Insane asylums in Bengal annual reports 1876-1887 - 1876-1887
Year: 1876
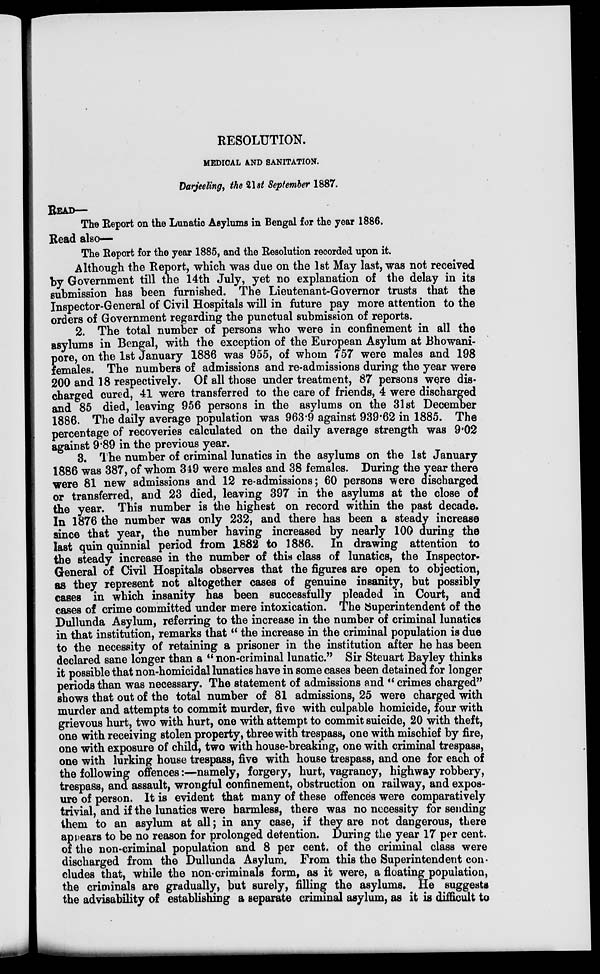
RESOLUTION.
MEDICAL AND SANITATION.
Darjeeling, the 21st September 1887.
READ—
The Report on the Lunatic Asylums in Bengal for the year 1886.
Read also—
The Report for the year 1885, and the Resolution recorded upon it.
Although the Report, which was due on the 1st May last, was not received
by Government till the 14th July, yet no explanation of the delay in its
submission has been furnished. The Lieutenant-Governor trusts that the
Inspector-General of Civil Hospitals will in future pay more attention to the
orders of Government regarding the punctual submission of reports.
2. The total number of persons who were in confinement in all the
asylums in Bengal, with the exception of the European Asylum at Bhowani-
pore, on the 1st January 1886 was 955, of whom 757 were males and 198
females. The numbers of admissions and re-admissions during the year were
200 and 18 respectively. Of all those under treatment, 87 persons were dis-
charged cured, 41 were transferred to the care of friends, 4 were discharged
and 85 died, leaving 956 persons in the asylums on the 31st December
1886. The daily average population was 963.9 against 939.62 in 1885. The
percentage of recoveries calculated on the daily average strength was 9.02
against 9.89 in the previous year.
3. The number of criminal lunatics in the asylums on the 1st January
1886 was 387, of whom 349 were males and 38 females. During the year there
were 81 new admissions and 12 re-admissions; 60 persons were discharged
or transferred, and 23 died, leaving 397 in the asylums at the close of
the year. This number is the highest on record within the past decade.
In 1876 the number was only 232, and there has been a steady increase
since that year, the number having increased by nearly 100 during the
last quin quinnial period from 1882 to 1886. In drawing attention to
the steady increase in the number of this class of lunatics, the Inspector-
General of Civil Hospitals observes that the figures are open to objection,
as they represent not altogether cases of genuine insanity, but possibly
cases in which insanity has been successfully pleaded in Court, and
cases of crime committed under mere intoxication. The Superintendent of the
Dullunda Asylum, referring to the increase in the number of criminal lunatics
in that institution, remarks that " the increase in the criminal population is due
to the necessity of retaining a prisoner in the institution after he has been
declared sane longer than a " non-criminal lunatic." Sir Steuart Bayley thinks
it possible that non-homicidal lunatics have in some cases been detained for longer
periods than was necessary. The statement of admissions and " crimes charged"
shows that out of the total number of 81 admissions, 25 were charged with
murder and attempts to commit murder, five with culpable homicide, four with
grievous hurt, two with hurt, one with attempt to commit suicide, 20 with theft,
one with receiving stolen property, three with trespass, one with mischief by fire,
one with exposure of child, two with house-breaking, one with criminal trespass,
one with lurking house trespass, five with house trespass, and one for each of
the following offences:—namely, forgery, hurt, vagrancy, highway robbery,
trespass, and assault, wrongful confinement, obstruction on railway, and expos-
ure of person. It is evident that many of these offences were comparatively
trivial, and if the lunatics were harmless, there was no necessity for sending
them to an asylum at all; in any case, if they are not dangerous, there
appears to be no reason for prolonged detention. During the year 17 per cent.
of the non-criminal population and 8 per cent. of the criminal class were
discharged from the Dullunda Asylum. From this the Superintendent con-
cludes that, while the non-criminals form, as it were, a floating population,
the criminals are gradually, but surely, filling the asylums. He suggests
the advisability of establishing a separate criminal asylum, as it is difficult to